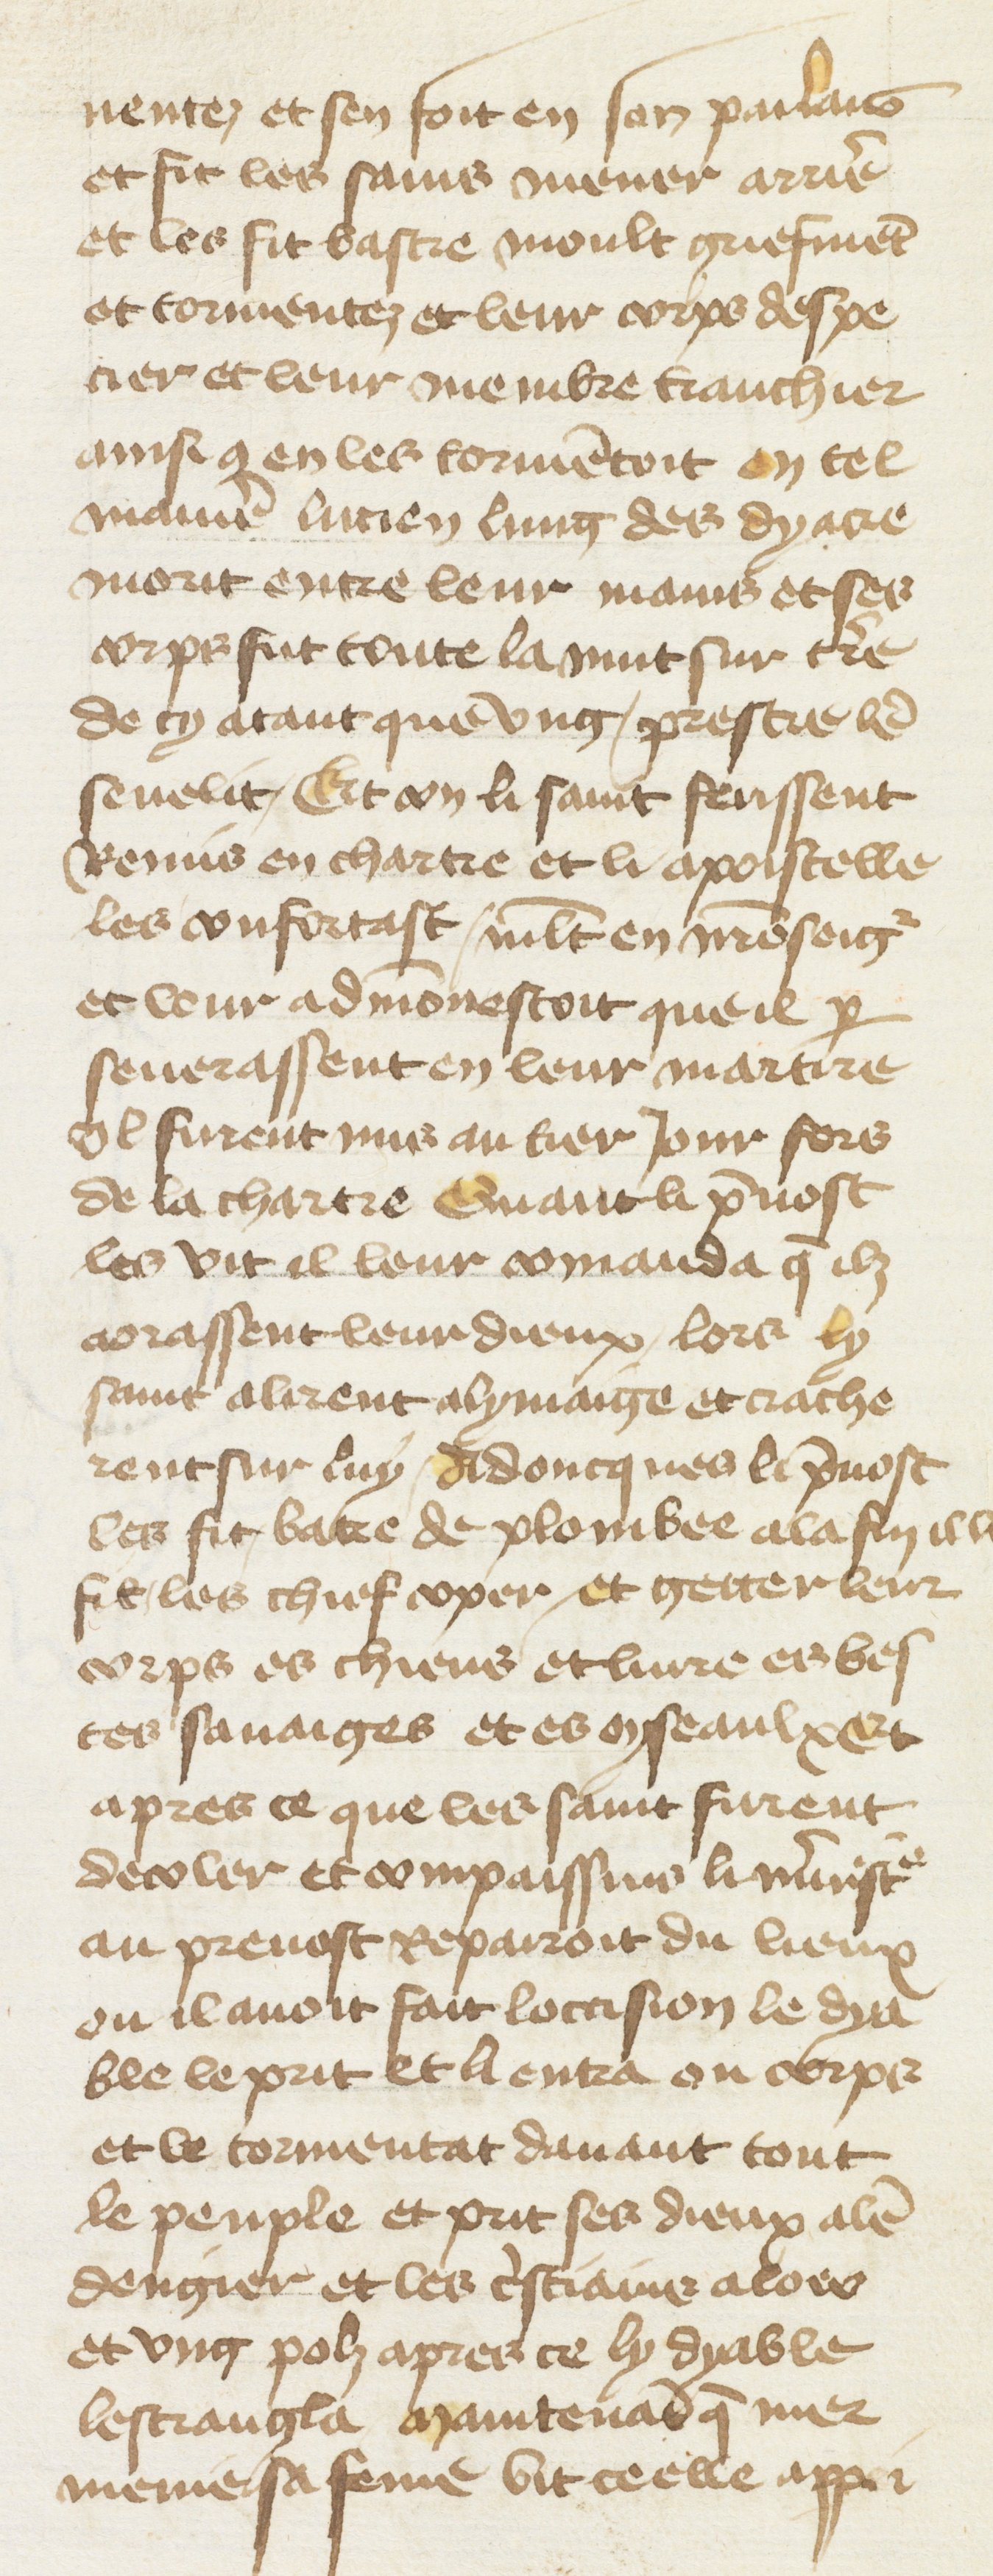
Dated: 1400–1499